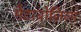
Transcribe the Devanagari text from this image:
मैटाबोलिज़्म